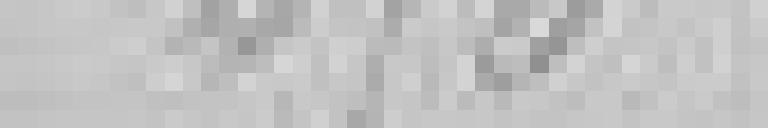
450